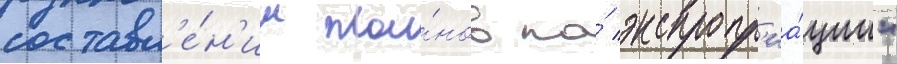
составл'е́н'ии пла́нов по́ экспропр'иа́ции"